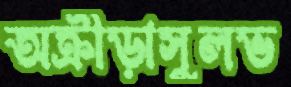
অক্রীড়াসুলভ